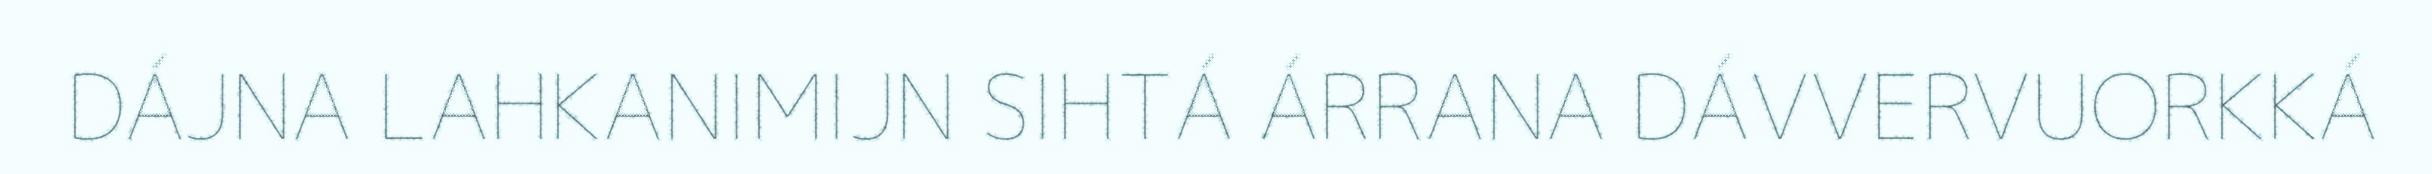
DÁJNA LAHKANIMIJN SIHTÁ ÁRRANA DÁVVERVUORKKÁ